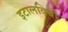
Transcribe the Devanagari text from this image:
इटालवियों